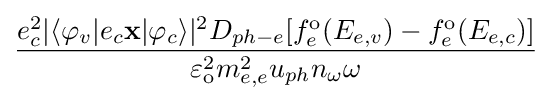
{\frac {e_{c}^{2}|\langle \varphi _{v}|e_{c}\mathbf {x} |\varphi _{c}\rangle |^{2}D_{ph-e}[f_{e}^{\mathrm {o} }(E_{e,v})-f_{e}^{\mathrm {o} }(E_{e,c})]}{\varepsilon _{\mathrm {o} }^{2}m_{e,e}^{2}u_{ph}n_{\omega }\omega }}